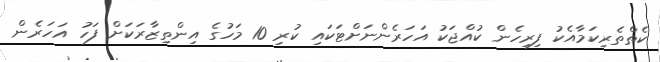
ކެތްތެރިކަމާއެކު ފިރިހެން ކުއްޖަކު އަހަރެންނަށްޓަކައި ކުރި 10 މަހުގެ އިންތިޒާރަކަށް ފަހު އަހަރެން